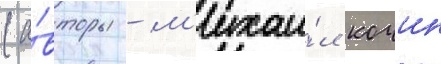
(а́вторы - м'ихаи́л кочин